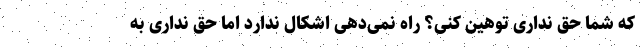
که شما حق نداری توهین کنی؟ راه نمی‌دهی اشکال ندارد اما حق نداری به